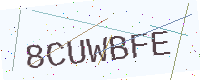
Text: 8CUWBFE